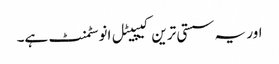
اور یہ سستی ترین کیپیٹل انوسٹمنٹ ہے۔